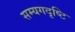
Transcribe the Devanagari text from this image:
सम्यगदृष्टि